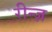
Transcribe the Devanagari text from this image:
रीन्ज़